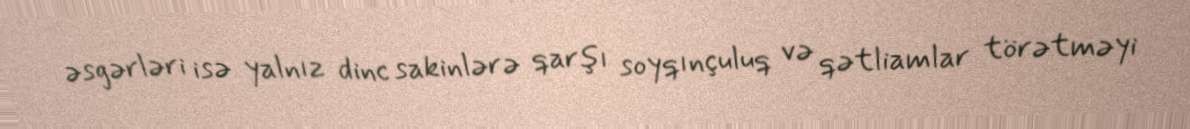
əsgərləri isə yalnız dinc sakinlərə qarşı soyqınçuluq və qətliamlar törətməyi